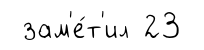
зам'е́т'ил 23